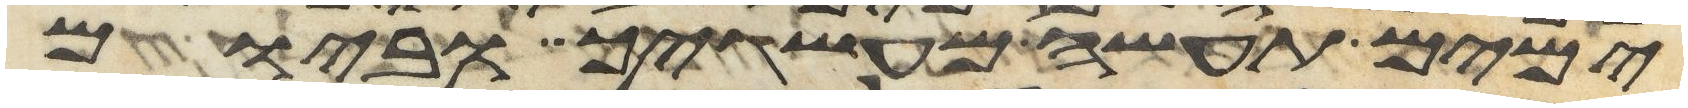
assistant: ימים תעשה מעשיך וביום